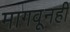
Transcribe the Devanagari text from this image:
मागवूनही